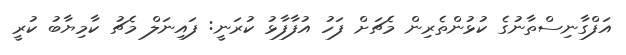
އަފްގާނިސްތާނުގެ ކުޅުންތެރިން މެޗަށް ފަހު އުފާފާޅު ކުރަނީ: ފައިނަލް މެޗު ކާމިޔާބު ކުރީ